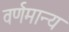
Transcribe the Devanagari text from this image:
वर्णमान्य